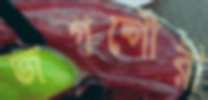
জগদ্গৌরী